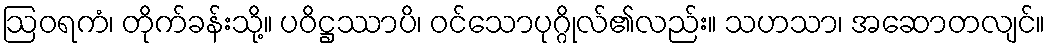
ဩဝရကံ၊ တိုက်ခန်းသို့။ ပဝိဋ္ဌဿာပိ၊ ဝင်သောပုဂ္ဂိုလ်၏လည်း။ သဟသာ၊ အဆောတလျင်။